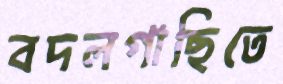
বদলগাছিতে